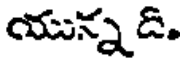
యున్నడి.